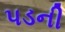
પડની